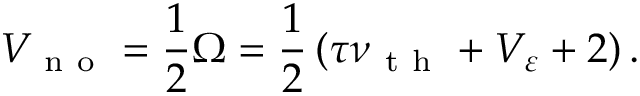
V _ { \mathrm { ~ n ~ o ~ } } = \frac { 1 } { 2 } \Omega = \frac { 1 } { 2 } \left( \tau \nu _ { \mathrm { ~ t ~ h ~ } } + V _ { \varepsilon } + 2 \right) .